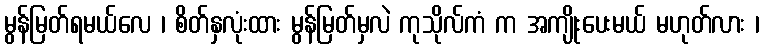
မွန်မြတ်ရမယ်လေ ၊ စိတ်နှလုံးထား မွန်မြတ်မှလဲ ကုသိုလ်ကံ က အကျိုးပေးမယ် မဟုတ်လား ၊